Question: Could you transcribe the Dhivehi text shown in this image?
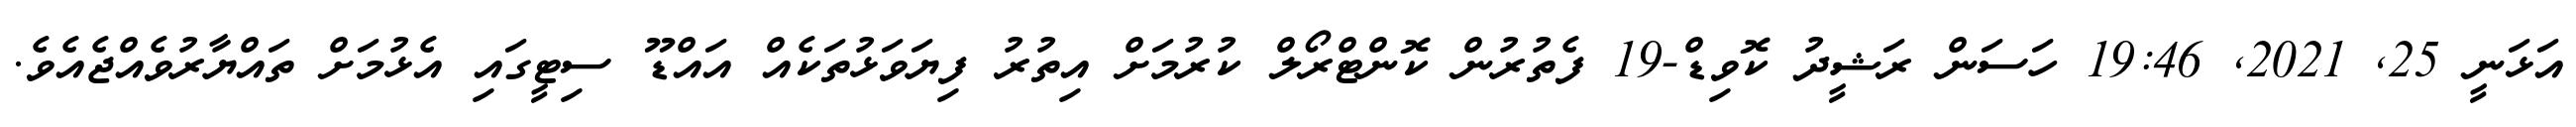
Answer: އަޅަނީ 25, 2021, 19:46 ހަސަން ރަޝީދު ކޮވިޑް-19 ފެތުރުން ކޮންޓްރޯލް ކުރުމަށް އިތުރު ފިޔަވަޅުތަކެއް އައްޑޫ ސިޓީގައި އެޅުމަށް ތައްޔާރުވެއްޖެއެވެ.